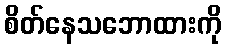
စိတ်နေသဘောထားကို